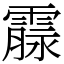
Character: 霡